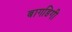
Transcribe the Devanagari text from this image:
बागडिगी